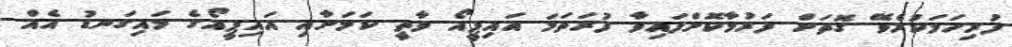
ފުރިހަމަކުރެވޭ ގޮތަށް ފަރުމާކޮށްފައިވާ ފުރަތަމަ އައިޕީއޯ ވާތީ ކަމަށާއި އައިޕީއޯގެ މައިގަނޑު އެއް